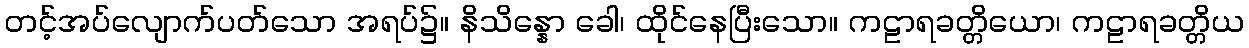
တင့်အပ်လျောက်ပတ်သော အရပ်၌။ နိသိန္နော ခေါ၊ ထိုင်နေပြီးသော။ ကဠာရခတ္တိယော၊ ကဠာရခတ္တိယ